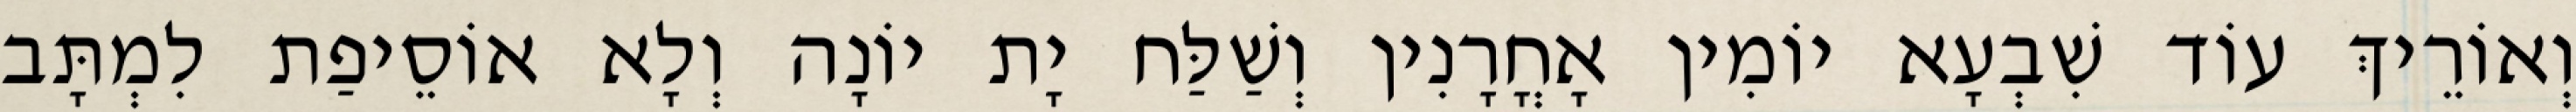
וְאוֹרֵיךְ עוֹד שִׁבְעָא יוֹמִין אָחֳרָנִין וְשַׁלַּח יָת יוֹנָה וְלָא אוֹסֵיפַת לִמְתָּב